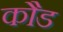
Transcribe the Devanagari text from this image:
कौड